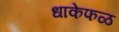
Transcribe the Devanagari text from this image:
धाकेफळ